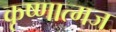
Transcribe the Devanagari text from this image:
कृष्णात्मज